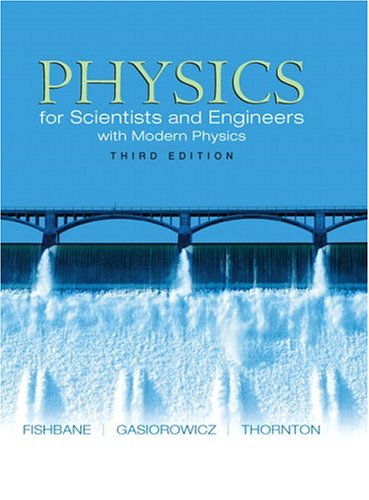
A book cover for Physics: for Scientists and Engineers with Modern Physics, Third Edition; Paul M. Fishbane; Science & Math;